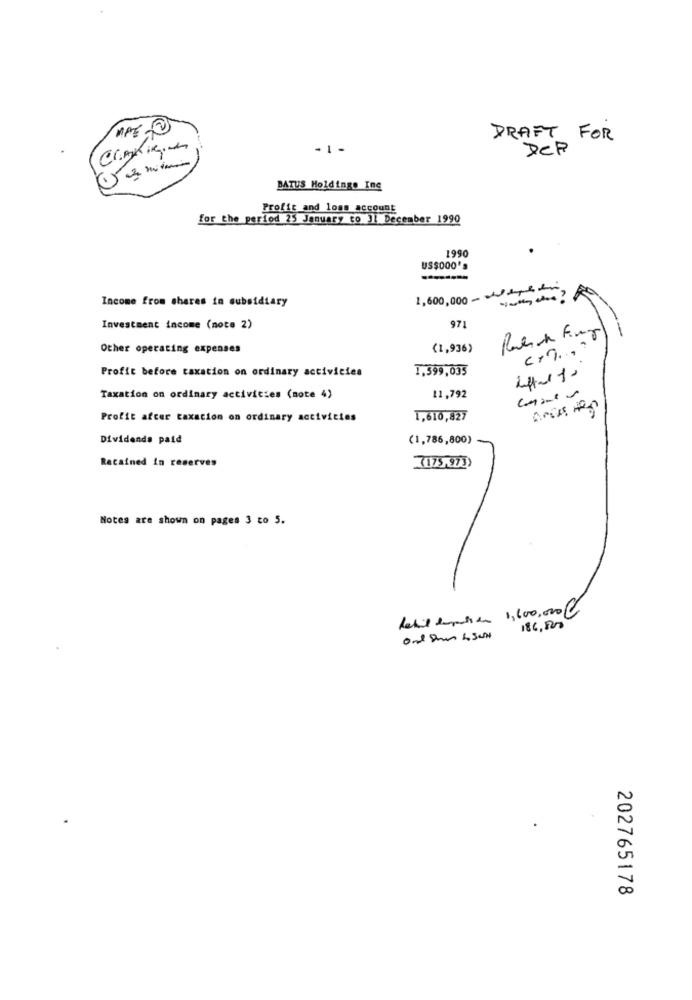
MPE 0
DRAFT FOR
-1-
DCP
BATUS Holdings Inc
Profit and loss account
for the period 25 January co Jl December 1990
1990
US$OOO'S
1,600,000-tapet
Income from shares in subsidiary
Investment income (note 2)
971
Other operating expenses
(1,936)
c+T .,
Profit before taxation on ordinary activicies
1,399,035
Taxation on ordinary activities (note 4)
11,792
Profit after taxation on ordinary activities
1,610,827
Dividends paid
(1,786,800)
Retained In reserves
(175,973)
Notes are shown on pages 3 to 5.
Retil lapetite 1,600,000@
186,800
Ond Dhan ISCH
N
00
202765178